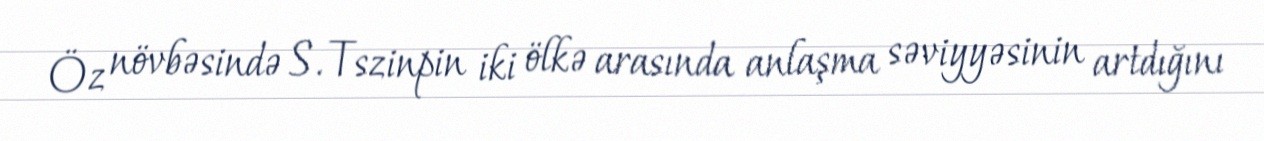
Öz növbəsində S. Tszinpin iki ölkə arasında anlaşma səviyyəsinin artdığını